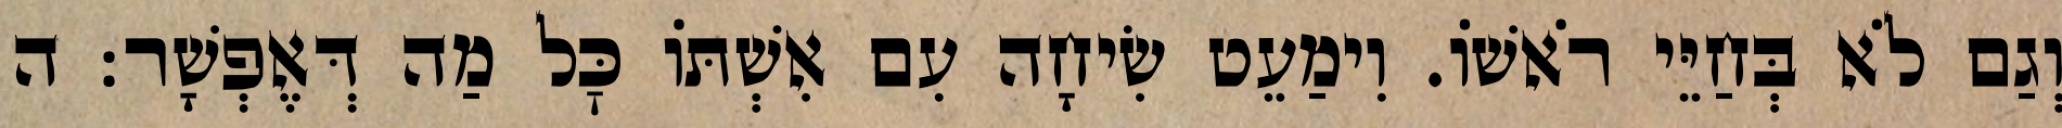
וְגַם לֹא בְּחַיֵּי רֹאשׁוֹ. וִימַעֵט שִׂיחָה עִם אִשְׁתּוֹ כׇּל מַה דְּאֶפְשָׁר: ה